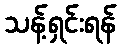
သန့်ရှင်းရန်